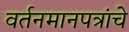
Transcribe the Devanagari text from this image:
वर्तनमानपत्रांचे